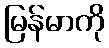
မြန်မာကို